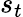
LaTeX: s_{t}